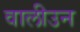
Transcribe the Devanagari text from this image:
वालीउन